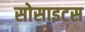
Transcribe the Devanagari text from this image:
सोसाइटस